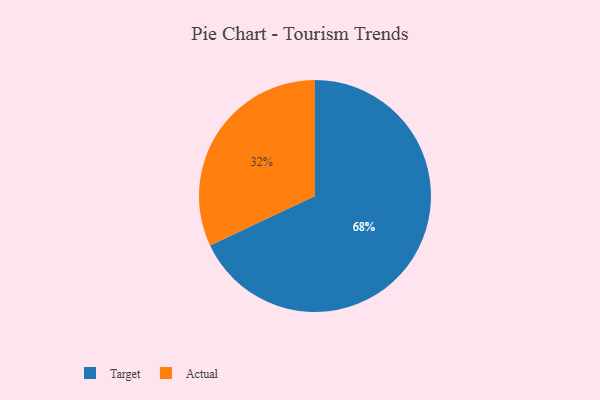
{"axis": {"x": "Category", "y": "Percentage"}, "legend": ["Actual", "Target"], "data": [{"x": "Target", "y": 68, "type": "Target"}, {"x": "Actual", "y": 32, "type": "Actual"}]}